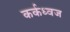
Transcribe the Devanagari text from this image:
कर्कध्वज